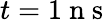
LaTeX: t=1\mathrm{~n~s~}